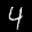
Label: 4